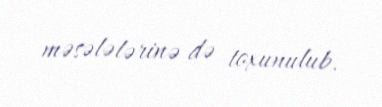
məsələlərinə də toxunulub.